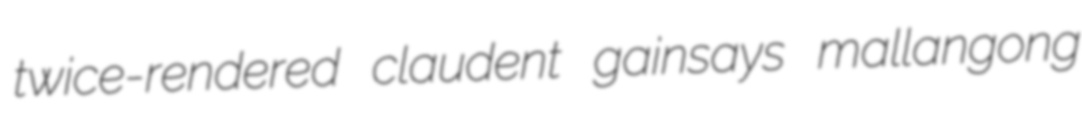
twice-rendered claudent gainsays mallangong